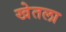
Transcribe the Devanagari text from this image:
खेतला